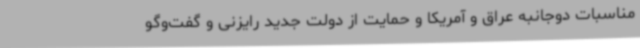
مناسبات دوجانبه عراق و آمریکا و حمایت از دولت جدید رایزنی و گفت‌وگو